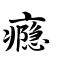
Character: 瘾